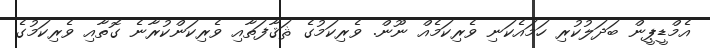
އެމްޑީޕީން ބަދަލުކުރި ހަމައެކަނި ވެރިކަމެއް ނޫން. ވެރިކަމުގެ ޘަޤާފަތާއި ވެރިކަންކުރާނެ ގޮތާއި ވެރިކަމުގެ